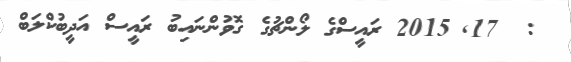
:  17